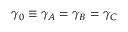
\gamma _ { 0 } \equiv \gamma _ { A } = \gamma _ { B } = \gamma _ { C }